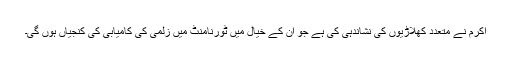
اکرم نے متعدد کھلاڑیوں کی نشاندہی کی ہے جو ان کے خیال میں ٹورنامنٹ میں زلمی کی کامیابی کی کنجیاں ہوں گی۔